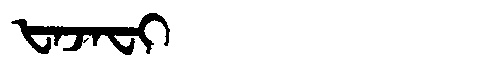
Manchu: ᡶᠠᠵᠠᠸᡳ
Romanization: FAJAFI